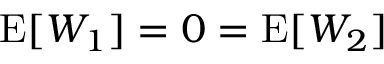
\operatorname { E } [ W _ { 1 } ] = 0 = \operatorname { E } [ W _ { 2 } ]